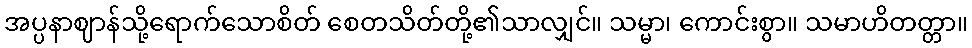
အပ္ပနာဈာန်သို့ရောက်သောစိတ် စေတသိတ်တို့၏သာလျှင်။ သမ္မာ၊ ကောင်းစွာ။ သမာဟိတတ္တာ။